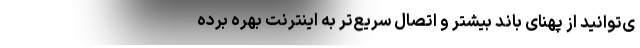
ی‌توانید از پهنای باند بیشتر و اتصال سریع‌تر به اینترنت بهره برده